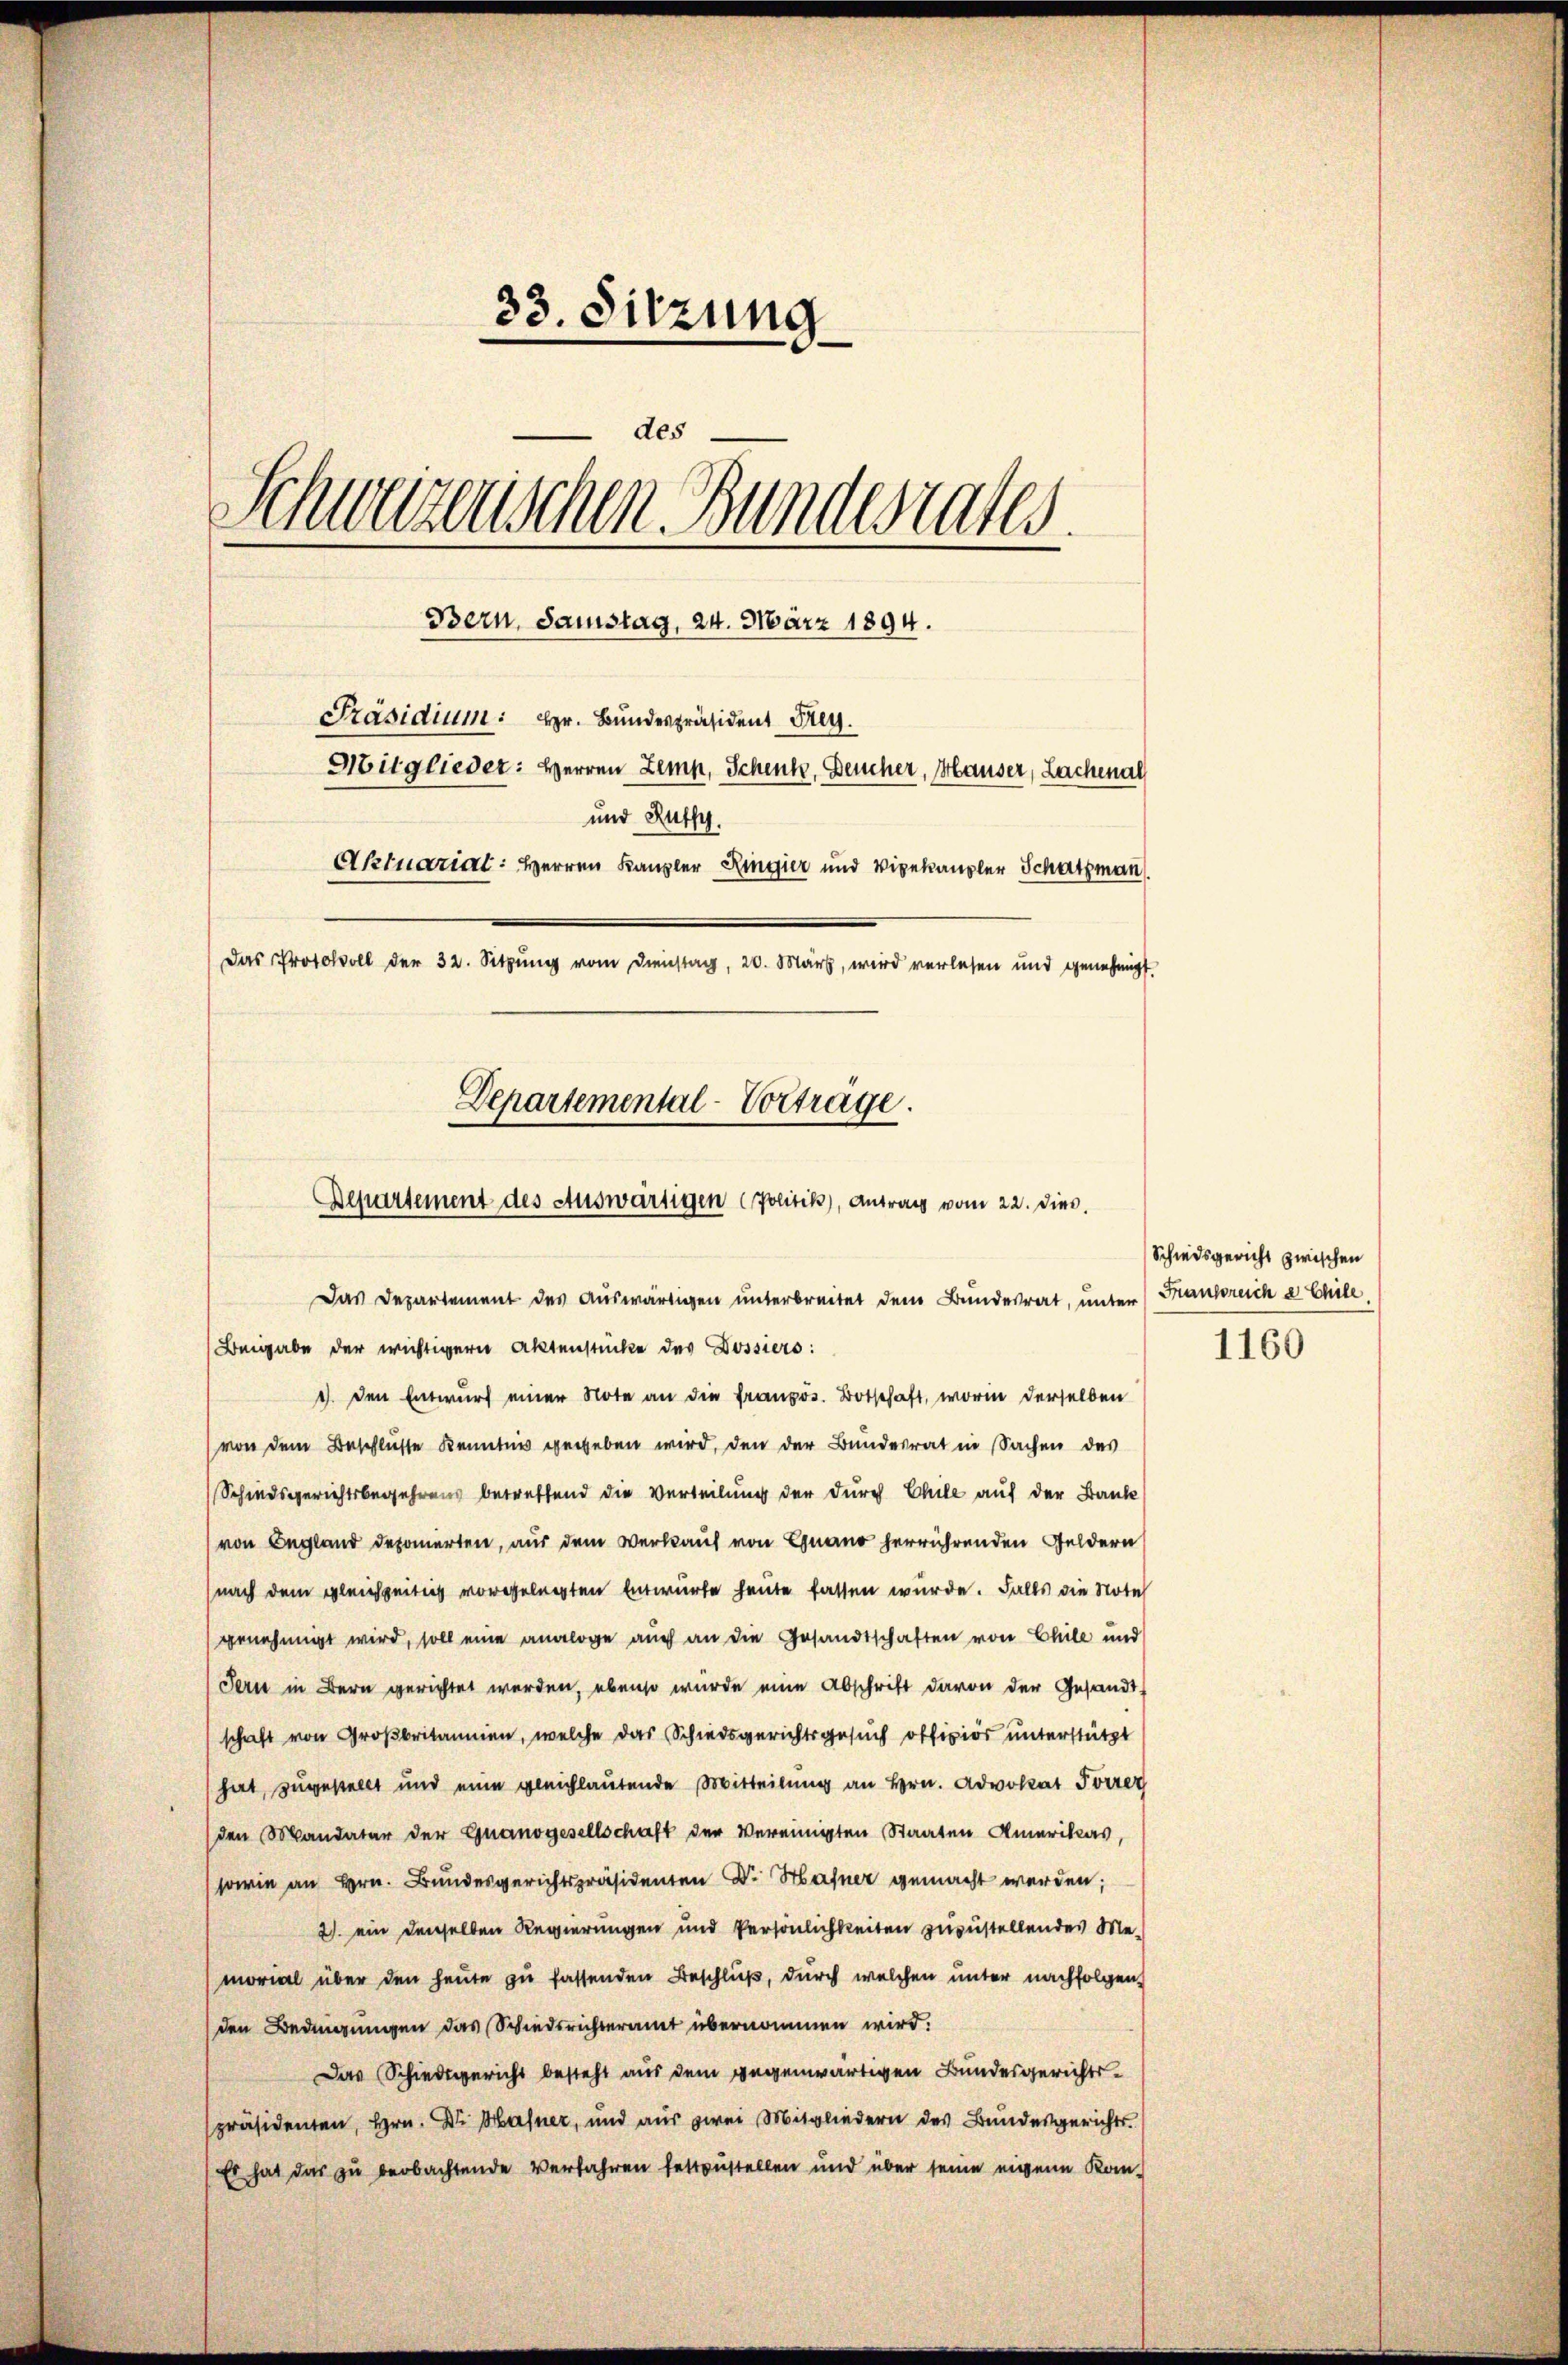
33. Sitzung
des
Schweizerischen Bundesrates.
Bern, Samstag, 24. März 1894.
Präsidium: Hr. Bundespräsident Frey.
Mitglieder: Herren Lemp, Schenk, Deucher, Hauser, Lachenal
und Ruffy.
Aktuarial: Herren Kanzler Ringier und Vigekanzler Schatzman
Das Protokoll der 32. Sitzung vom Dienstag, 20. März, wird verlesen und genehmigt.
Departemental-Vorträge.

Departement des Auswärtigen (Politik), Antrag vom 22. diec.
Das Departement des Auswärtigen unterbreitet dem Bundesrat, unter (Frankreiche Chile

Beigabe der wichtigern Aktenstücke des Dossiers:
1. den Entwurf einer Note an die französ. Botschaft, worin derselben
von dem Beschluße Kenntnis gegeben wird, den der Bundesrat in Sachen des
Schiedsgerichtsbegehrens betreffend die Verteilung der durch Chile auf der Banke
von England deponierten, aus dem Verkauf von Gnano herrührenden Geldern
nach dem gleichzeitig vorgelegten Entwurfe heute fassen wurde. Falls die Note
genehmigt wird, soll eine analoge auch an die Gesandtschaften von Chile und
Jern in Bern gerichtet werden, ebenso würde eine Abschrift davon der Gesandt-
schaft von Großbritannien, welche das Schiedsgerichtsgesuch offiziös unterstützt
hat, zugestellt und eine gleichlautende Mitteilung an Hrn. Advokat Forrer
(den Mandater der Guanogesellschaft der vereinigten Staaten Amerikas
sowie an Hrn. Bundesgerichtspräsidenten Dr. Hafner gemacht werden;
2) ein denselben Regierungen und Persönlichkeiten zuzustellendes Memorial über den heute zu fassenden Beschluß, durch welchen unter nachfolgen-
den Bedingungen das Schiedsrichteramt übernommen wird.
Das Schiedsgericht besteht aus dem gegenwärtigen Bundesgerichtspräsidenten, Hrn. Dr. Hafner, und aus zwei Mitgliedern des Bundesgerichts¬
Es hat das zu beobachtende Verfahren festzustellen und über seine eigene Kon-

Schiedsgericht zwischen
1160